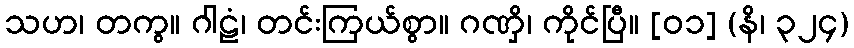
သဟ၊ တကွ။ ဂါဠံ၊ တင်းကြယ်စွာ။ ဂဏှိ၊ ကိုင်ပြီ။ [၀၁] (နိ၊ ၃၂၄)